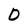
Character: 0